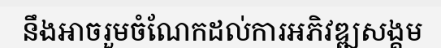
នឹងអាចរួមចំណែកដល់ការអភិវឌ្ឍសង្គម